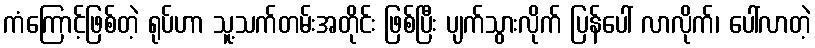
ကံကြောင့်ဖြစ်တဲ့ ရုပ်ဟာ သူ့သက်တမ်းအတိုင်း ဖြစ်ပြီး ပျက်သွားလိုက် ပြန်ပေါ် လာလိုက်၊ ပေါ်လာတဲ့